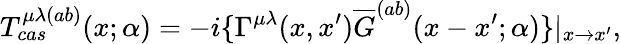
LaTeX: T_{cas}^{\mu\lambda(ab)}(x;\alpha)=-i\{ \Gamma^{\mu\lambda}(x,x^{\prime})\overline{{{G}}}^{(ab)}(x-x^{\prime};\alpha)\} |_{x\rightarrow x^{\prime}},